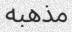
مذھبه